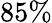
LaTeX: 85\%